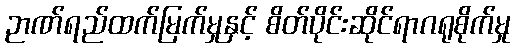
ဉာဏ်ရည်ထက်မြက်မှုနှင့် စိတ်ပိုင်းဆိုင်ရာဂရုစိုက်မှု